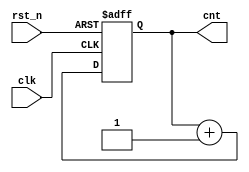
`timescale 1ns / 1ps
//////////////////////////////////////////////////////////////////////////////////
// Company: 
// Engineer: 
// 
// Design Name: 
// Module Name: counter
// Project Name: 
// Target Devices: 
// Tool Versions: 
// Description: 
// 
// Dependencies: 
// 
// Revision:
// Revision 0.01 - File Created
// Additional Comments:
// 
//////////////////////////////////////////////////////////////////////////////////


module counter
#(
    parameter WIDTH = 8
)
(
    input clk,
    input rst_n,
    output reg [WIDTH-1:0] cnt
    );
    
    always @(posedge clk or negedge rst_n)
    begin
        if (!rst_n)
            cnt <= {WIDTH{1'b0}};
        else
            cnt <= cnt + 1'b1;
    end
endmodule